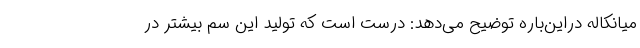
میانکاله دراین‌باره توضیح می‌دهد: درست است که تولید این سم بیشتر در